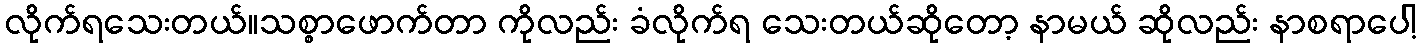
လိုက်ရသေးတယ်။သစ္စာဖောက်တာ ကိုလည်း ခံလိုက်ရ သေးတယ်ဆိုတော့ နာမယ် ဆိုလည်း နာစရာပေါ့